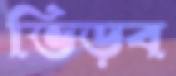
ভিড়ব